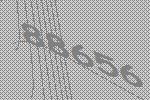
88656